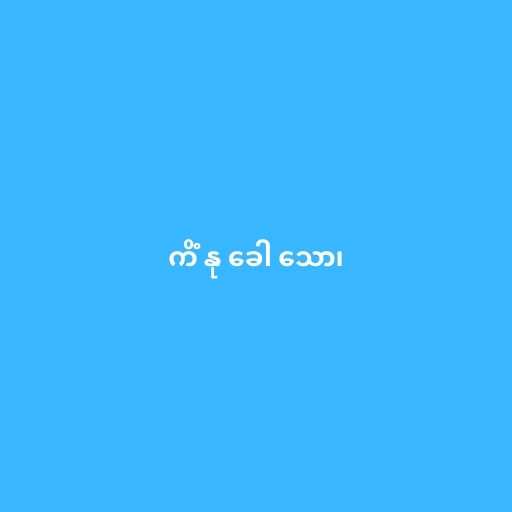
ကိံ နု ခေါ သော၊